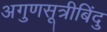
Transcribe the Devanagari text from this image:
अगुणसूत्रीबिंदु